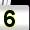
Digit: 5